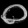
Digit: ၀